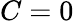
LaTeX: C=0